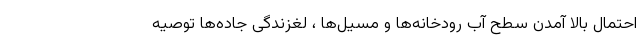
احتمال بالا آمدن سطح آب رودخانه‌ها و مسیل‌ها ، لغزندگی جاده‌ها توصیه